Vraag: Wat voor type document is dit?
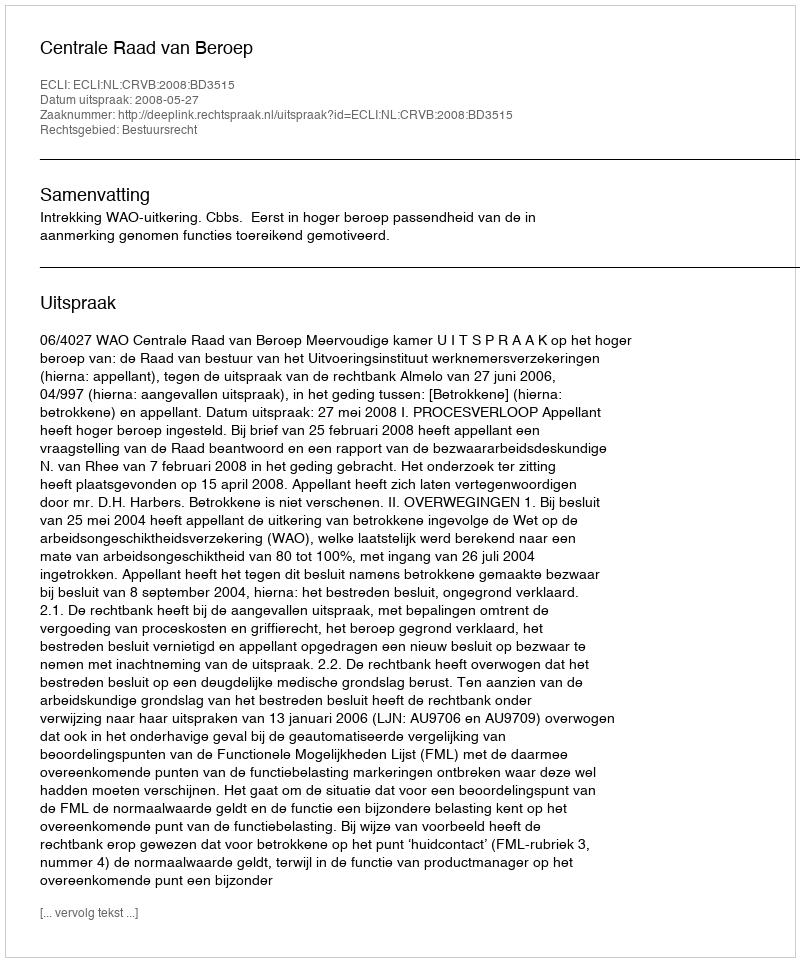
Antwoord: Uitspraak